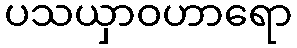
ပသယှာဝဟာရော